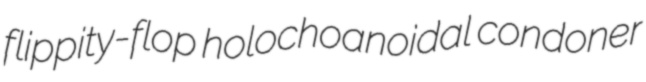
flippity-flop holochoanoidal condoner